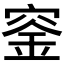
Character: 𥦨